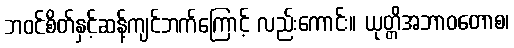
ဘဝင်စိတ်နှင့်ဆန့်ကျင်ဘက်ကြောင့် လည်းကောင်း။ ယုတ္တိအဘာဝတောစ၊